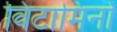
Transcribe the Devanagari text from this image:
विंटामिनों